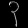
Digit: ၃